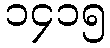
၁၄၁၅